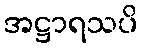
အဋ္ဌာရသပိ